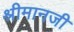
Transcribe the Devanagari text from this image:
श्रीमानजी